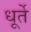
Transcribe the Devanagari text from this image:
धूर्ते